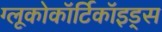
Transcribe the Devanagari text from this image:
ग्लूकोकॉर्टिकॉइड्स